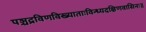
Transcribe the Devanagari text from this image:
पञ्चद्रविणविख्याताःविन्ध्यदक्षिणवासिनः॥